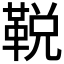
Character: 𩊭